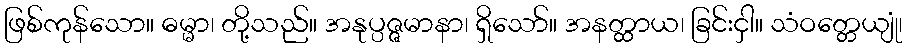
ဖြစ်ကုန်သော။ ဓမ္မာ၊ တို့သည်။ အနုပ္ပဇ္ဇမာနာ၊ ရှိသော်။ အနတ္ထာယ၊ ခြင်းငှါ။ သံဝတ္တေယျုံ၊